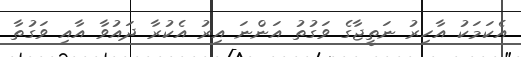
އެކަމަކު އާހިރު ނަތީޖާގެ ވަގުތު އަންނަ އިރު އެކުރާ ދައުވާ އާއި ވަގުތާ